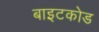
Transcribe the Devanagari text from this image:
बाइटकोड